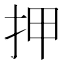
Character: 押